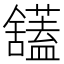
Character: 𫇙